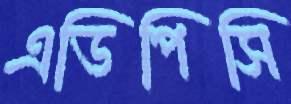
এডিপিসি